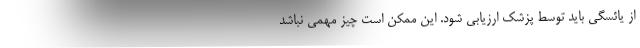
از یائسگی باید توسط پزشک ارزیابی شود. این ممکن است چیز مهمی نباشد